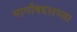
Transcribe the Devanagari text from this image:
मार्गांबद्दलच्या